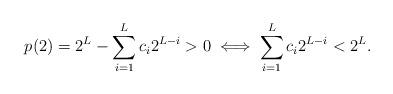
LaTeX: \begin{align*}p(2)=2^{L}-\sum_{i=1}^{L}c_{i}2^{L-i}>0 \iff \sum_{i=1}^{L}c_{i}2^{L-i}<2^{L}.\end{align*}